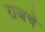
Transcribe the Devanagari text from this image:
राजचे